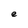
Character: e